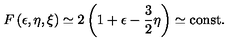
F \left( \epsilon , \eta , \xi \right) \simeq 2 \left( 1 + \epsilon - { \frac { 3 } { 2 } } \eta \right) \simeq \mathrm { c o n s t . }